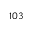
^ { 1 0 3 }